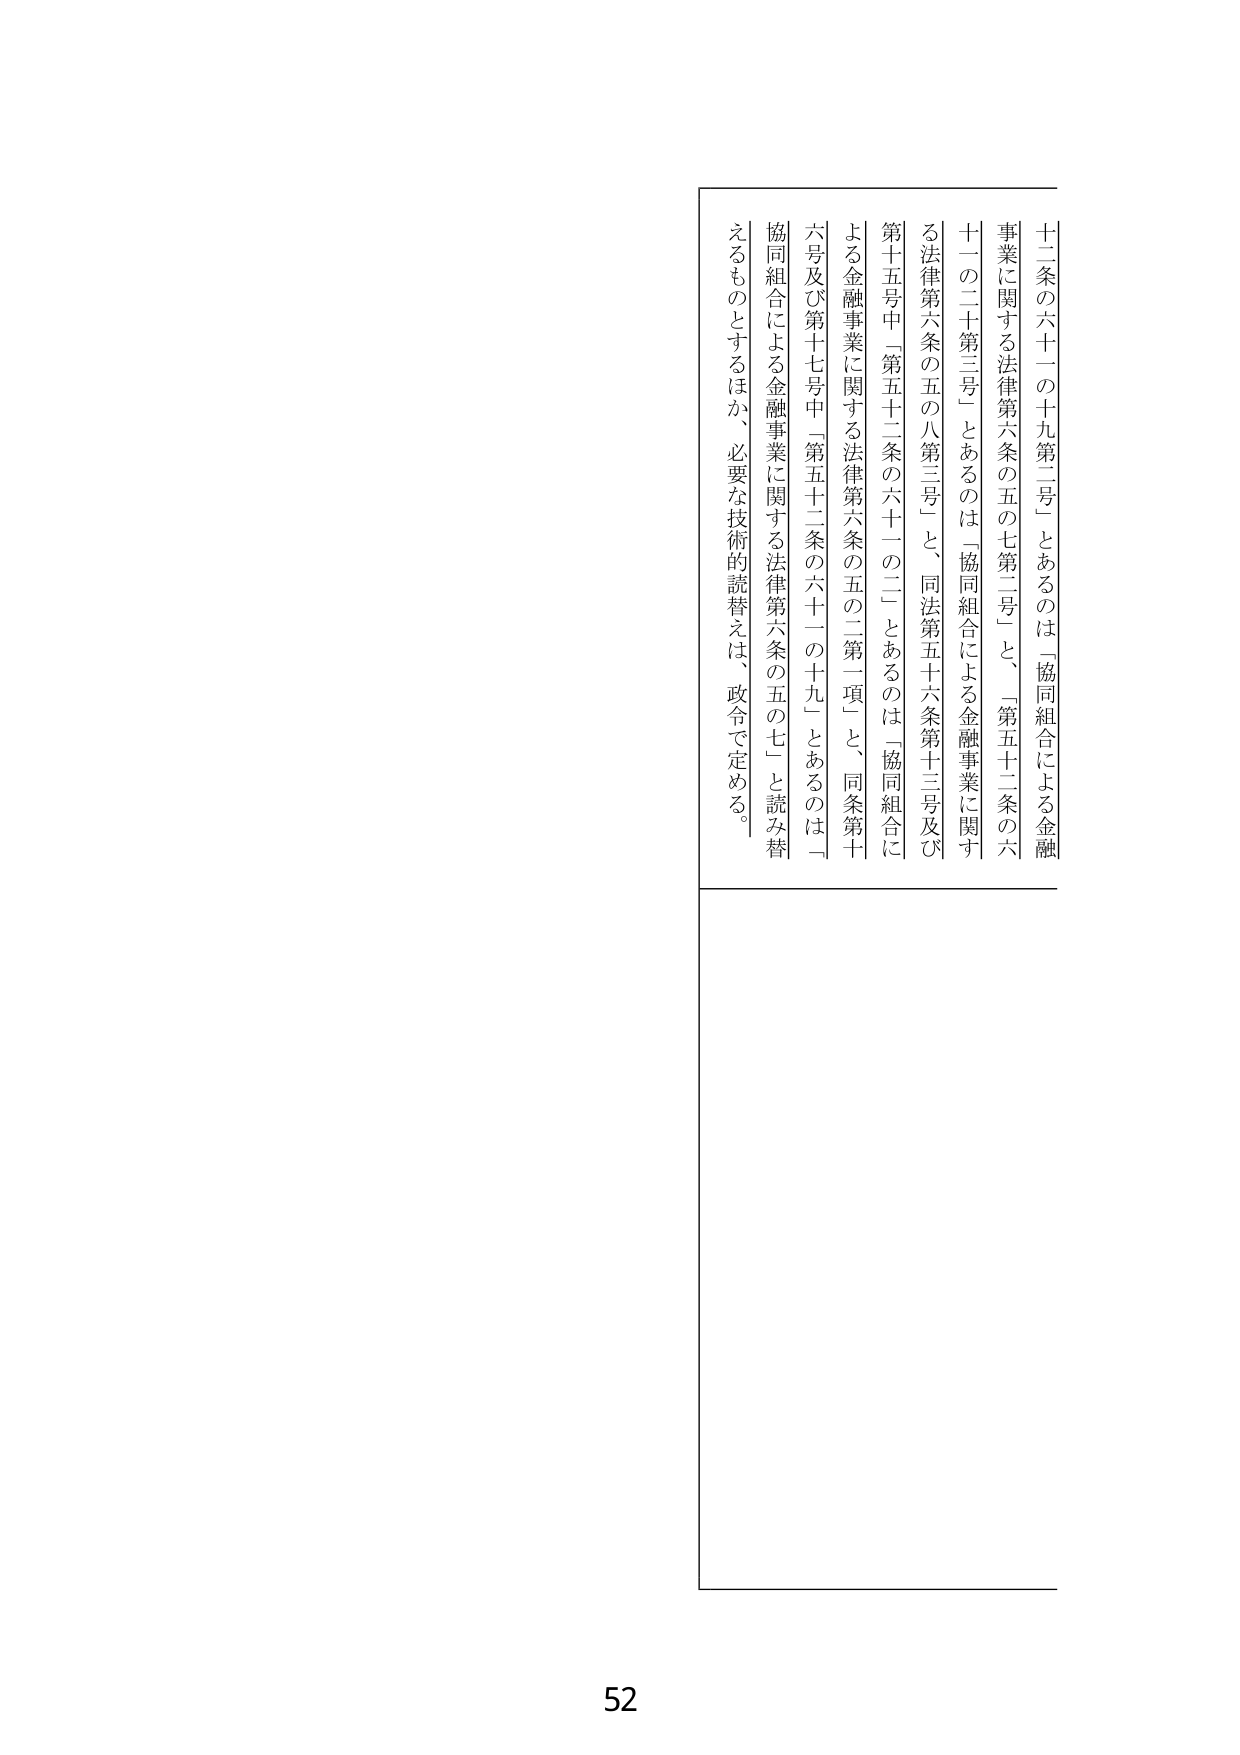
十二条の六十一の十九第二号」とあるのは「協同組合による金融
事業に関する法律第六条の五の七第二号」と、「第五十二条の六
十一の二十第三号」とあるのは「協同組合による金融事業に関す
る法律第六条の五の八第三号」と、同法第五十六条第十三号及び
第十五号中「第五十二条の六十一の二」とあるのは「協同組合に
よる金融事業に関する法律第六条の五の二第一項」と、同条第十
六号及び第十七号中「第五十二条の六十一の十九」とあるのは「
協同組合による金融事業に関する法律第六条の五の七」と読み替
えるものとするほか、必要な技術的読替えは、政令で定める。
52